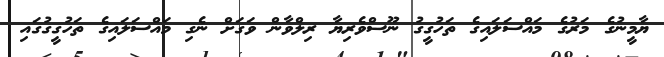
ޔާމީނުގެ މަރުގެ މައްސަލައިގެ ތަހުގީގު ނޫސްވެރިޔާ ރިލްވާން ވަގަށް ނެގި މައްސަލައިގެ ތަހުގީގުގައި